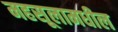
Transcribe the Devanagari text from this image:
महसूलामधील